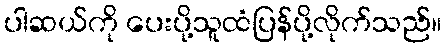
ပါဆယ်ကို ပေးပို့သူထံပြန်ပို့လိုက်သည်။